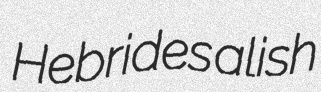
Hebrides alish